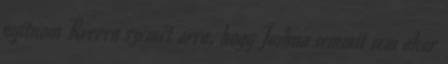
nyitnom Reeven szemét arra, hogy Joshua semmit sem akar